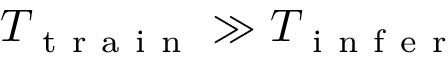
T _ { \mathrm { ~ t ~ r ~ a ~ i ~ n ~ } } \gg T _ { \mathrm { ~ i ~ n ~ f ~ e ~ r ~ } }